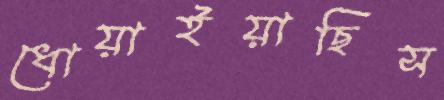
ধোয়াইয়াছিস